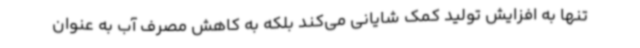
تنها به افزایش تولید کمک شایانی می‌کند بلکه به کاهش مصرف آب به عنوان